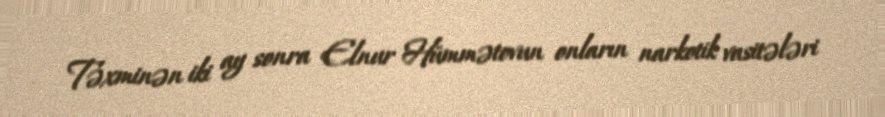
Təxminən iki ay sonra Elnur Hümmətovun onların narkotik vasitələri